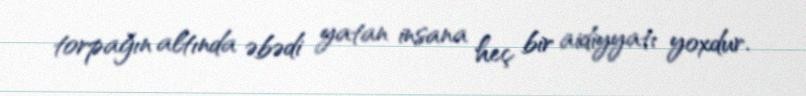
torpağın altında əbədi yatan insana heç bir aidiyyatı yoxdur.